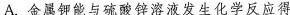
A.金属钾能与硫酸锌溶液发生化学反应得